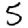
Digit: 5